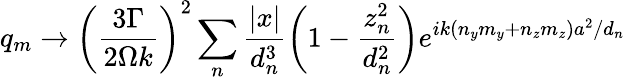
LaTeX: q_{m}\to\left(\frac{3\Gamma}{2\Omega k}\right)^{2}\sum_{n}\frac{|x|}{d_{n}^{3}}\left(1-\frac{z_{n}^{2}}{d_{n}^{2}}\right)e^{ik(n_{y}m_{y}+n_{z}m_{z})a^{2}/d_{n}}